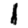
Digit: 1